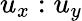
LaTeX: u_{x}:u_{y}